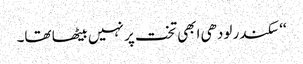
‘‘ سکندر لودھی ابھی تخت پر نہیں بیٹھا تھا۔